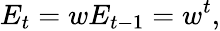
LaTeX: E_{t}=wE_{t-1}=w^{t},